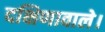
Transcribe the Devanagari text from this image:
दक्षिणावाले।